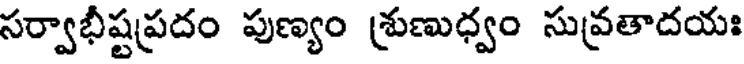
సర్వాభీష్టప్రదం పుణ్యం శ్రుణుధ్వం సువ్రతాదయః